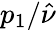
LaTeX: p_{1}/\hat{\nu}